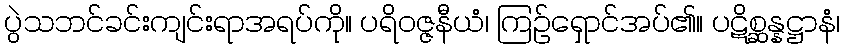
ပွဲသဘင်ခင်းကျင်းရာအရပ်ကို။ ပရိဝဇ္ဇနီယံ၊ ကြဉ်ရှောင်အပ်၏။ ပဋိစ္ဆန္နဋ္ဌာနံ၊